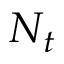
N _ { t }